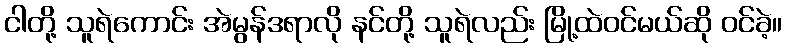
ငါတို့ သူရဲကောင်း အဲမွန်ဒရာလို နင်တို့ သူရဲလည်း မြို့ထဲဝင်မယ်ဆို ဝင်ခဲ့။